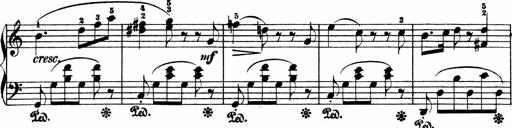
Title: 3 Sonatinen
Composer: Heinrich Lichner